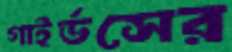
গাইর্ডসের